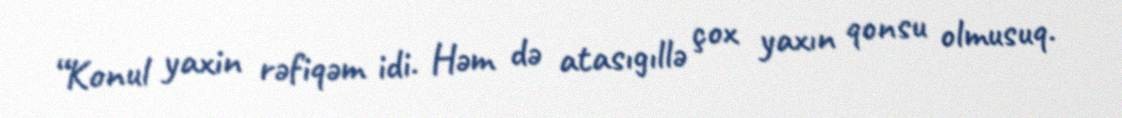
“Konul yaxin rəfiqəm idi. Həm də atasıgıllə çox yaxın qonsu olmusuq.